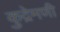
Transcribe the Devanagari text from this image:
कुद्रेमणी